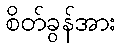
စိတ်ခွန်အား